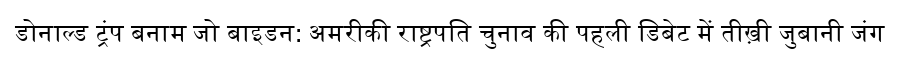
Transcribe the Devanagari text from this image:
डोनाल्ड ट्रंप बनाम जो बाइडन: अमरीकी राष्ट्रपति चुनाव की पहली डिबेट में तीख़ी जुबानी जंग